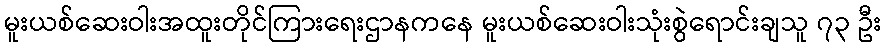
မူးယစ်ဆေးဝါးအထူးတိုင်ကြားရေးဌာနကနေ မူးယစ်ဆေးဝါးသုံးစွဲရောင်းချသူ ၇၃ ဦး